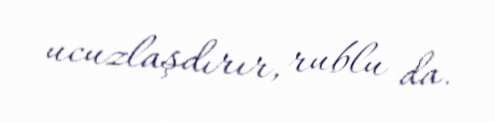
ucuzlaşdırır, rublu da.